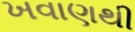
ખવાણથી